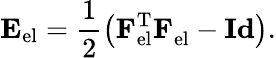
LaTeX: \mathbf{E}_{\mathrm{el}}=\frac{1}{2}\left(\mathbf{F}_{\mathrm{el}}^{\mathrm{T}}\mathbf{F}_{\mathrm{el}}^{\phantom{\mathrm{T}}}-\mathbf{Id}\right).